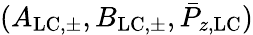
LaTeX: (A_{\mathrm{LC,\pm}},B_{\mathrm{LC,\pm}},\bar{P}_{z,\mathrm{LC}})